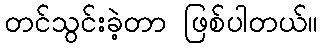
တင်သွင်းခဲ့တာ ဖြစ်ပါတယ်။